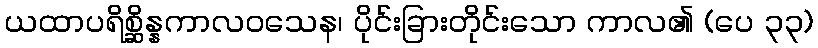
ယထာပရိစ္ဆိန္နကာလဝသေန၊ ပိုင်းခြားတိုင်းသော ကာလ၏ (ပေ ၃၃)